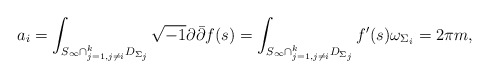
\begin{align*}a_{i}=\int_{S_{\infty}\cap_{j=1,j\neq i}^{k} D_{\Sigma_{j}}}^{}\sqrt{-1}\partial\bar{\partial}f(s)=\int_{S_{\infty}\cap_{j=1,j\neq i}^{k} D_{\Sigma_{j}}}^{}f'(s)\omega_{\Sigma_{i}}=2\pi m,\end{align*}